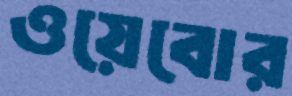
ওয়েবোর